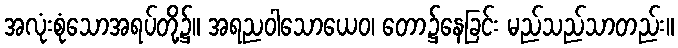
အလုံးစုံသောအရပ်တို့၌။ အရညဝါသောယေဝ၊ တော၌နေခြင်း မည်သည်သာတည်း။